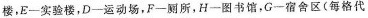
楼，E一实验楼，D一运动场，F一厕所，H一图书馆，G一宿舍区(每格代